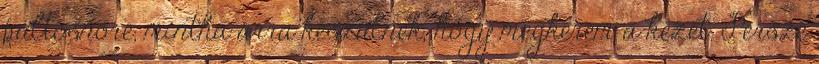
pultosnőre, mintha arra készülnék, hogy megkérem a kezét. Persze